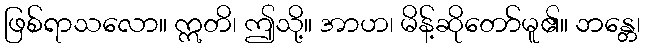
ဖြစ်ရာသလော။ ဣတိ၊ ဤသို့။ အာဟ၊ မိန့်ဆိုတော်မူ၏။ ဘန္တေ၊